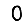
Digit: 0